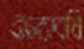
বাল্যাবধি